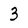
Character: 3